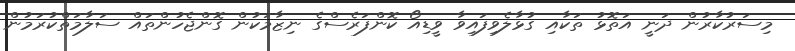
މިސަރުކާރުން ދަނީ އަތޮޅު ތަކާއި ގުޅާލެވިފައިވާ ވީޑިއޯ ކޮންފަރެސްގެ ނިޒާމަކުން ގޮންޖެހުންތައް ސަލާމަތްކުރަމުން